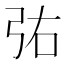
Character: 𫸫